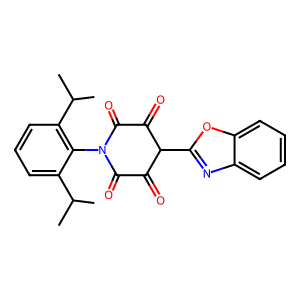
SMILES: CC(C)c1cccc(C(C)C)c1N1C(=O)C(=O)C(c2nc3ccccc3o2)C(=O)C1=O
Inhibits HIV replication: No